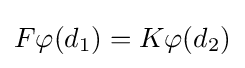
F\varphi (d_{1})=K\varphi (d_{2})